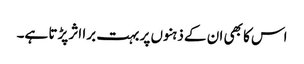
اس کا بھی ان کے ذہنوں پر بہت برا اثر پڑتا ہے۔